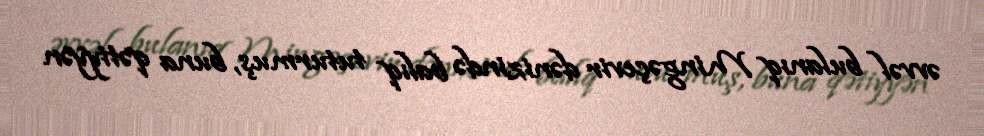
əvvəl bulanıq Mingəçevir dənizində balıq tuturmuş, buna qətiyyən